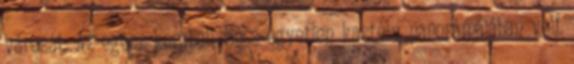
városát. Az egész korabeli Bécs egyetlen kastély panorámájában volt